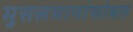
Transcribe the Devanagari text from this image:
मुसलमानांसोबत